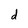
Character: d